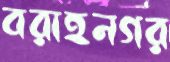
বরাহনগর